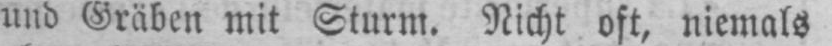
und Gräben mit Sturm. Nicht oft, niemals